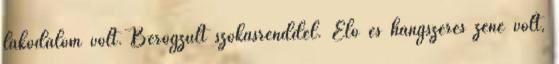
lakodalom volt. Berögzült szokásrenddel. Élő és hangszeres zene volt,